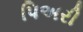
પિઅરી